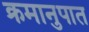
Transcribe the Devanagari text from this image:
क्रमानुपात